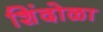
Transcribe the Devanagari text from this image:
शिंदोळा